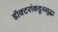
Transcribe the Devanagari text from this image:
डॉक्टरांकडूनसुद्धा